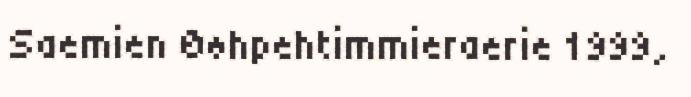
Saemien Øøhpehtimmieraerie 1999,